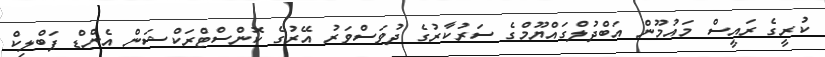
ކުރީގެ ރައީސް މައުމޫން އަބްދުލްގައްޔޫމްގެ ސަރުކާރުގެ ދުވަސްވަރު އޭރުގެ ކޮންސްޓްރަކްޝަން އެންޑް ޕަބްލިކް